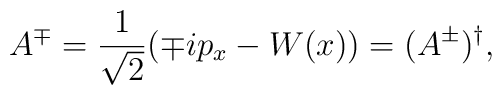
A^{\mp} = \frac{1}{\sqrt{2}} (\mp ip_{x} - W(x)) = (A^{\pm})^{\dagger},